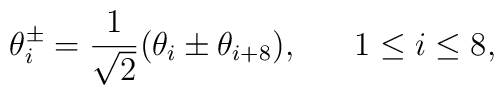
\theta_i^{\pm} = \frac{1}{ \sqrt{2}}  (\theta_i \pm \theta_{i + 8}), \;\;\;\;\;\; 1 \leq i \leq 8,